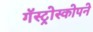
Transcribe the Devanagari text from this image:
गॅस्ट्रोस्कोपने